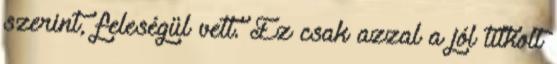
szerint, feleségül vett. Ez csak azzal a jól titkolt